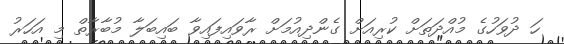
ހަ ދުވަހުގެ މުއްދަތަށް ކުރިއަށް ގެންދިއުމަށް ރާވައިފައިވާ ބައިބަލާ މުބާރާތް މި އަހަރު